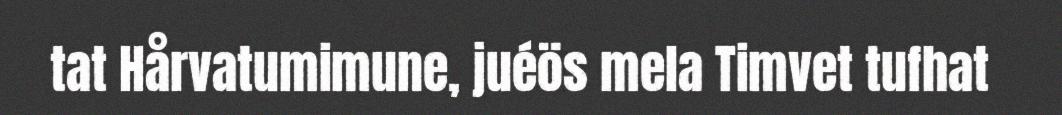
tat Hårvatumimune, juéös mela Timvet tufhat